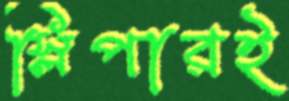
স্লিপারই